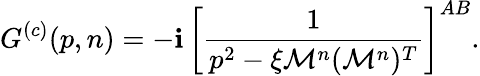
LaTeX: G^{(c)}(p,n)=-\mathbf{i}\, \left[\frac{{1}}{{p^{2}-\xi\mathcal{{M}}^{n}(\mathcal{{M}}^{n})^{T}}}\right]^{AB}.